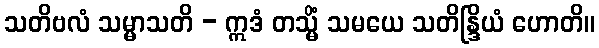
သတိဗလံ သမ္မာသတိ - ဣဒံ တသ္မိံ သမယေ သတိန္ဒြိယံ ဟောတိ။